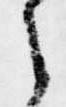
之